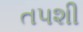
તપશી